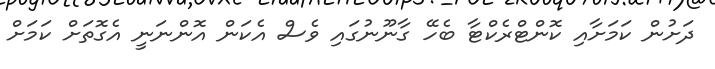
ދަށުން ކަމަށާއި ކޮންޓްރެކްޓާ ބެހޭ ގާނޫނުގައި ވެސް އެކަން އޮންނަނީ އެގޮތަށް ކަމަށް